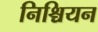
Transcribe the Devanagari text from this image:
निश्चियन